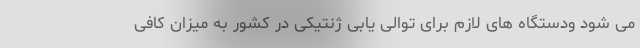
می شود ودستگاه های لازم برای توالی یابی ژنتیکی در کشور به میزان کافی